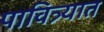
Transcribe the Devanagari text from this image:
पावित्र्यात